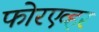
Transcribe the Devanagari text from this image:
फोरएव्हर